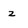
Character: z